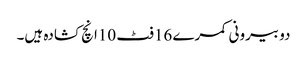
دو بیرونی کمرے 16فٹ 10انچ کشادہ ہیں۔